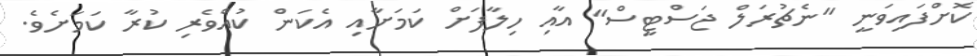
ކޮށްފައިވަނީ "ނެޗުރަލް ޖަސްޓީސް" އާއި ހިލާފަށް ކަމަށާއި އެކަން ކުއްވެރި ކުރާ ކަމަށެވެ.